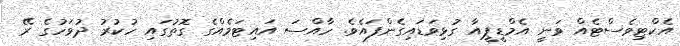
އެކްޓިވެސްޓެއް ވަނީ އެމްޑީޕީއާ ގުޅިވަޑައިގެންފައެވެ. ހާއްސަ އައިޓަމެއްގެ ގޮތުގައި ހުކުރު ދުވަހުގެ ރޭ